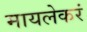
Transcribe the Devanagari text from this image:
मायलेकरं